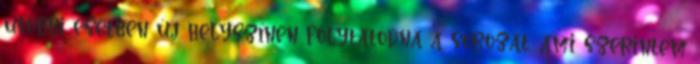
utóbbi esetben új helyszínen folytatódna a sorozat, ami szerintem